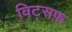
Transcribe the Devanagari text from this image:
विट्सफ़